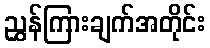
ညွှန်ကြားချက်အတိုင်း